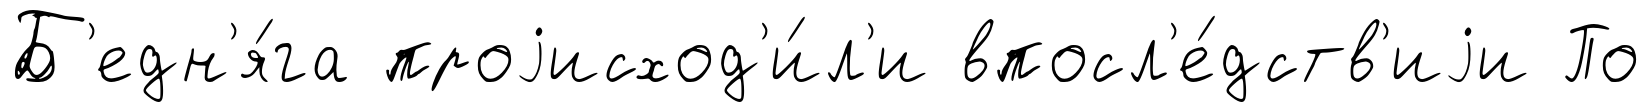
Б'едн'я́га проjисход'и́л'и впосл'е́дств'иjи По